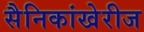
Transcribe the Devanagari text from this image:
सैनिकांखेरीज